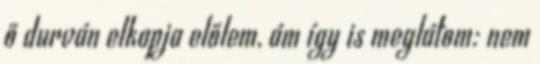
ő durván elkapja előlem, ám így is meglátom: nem